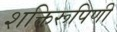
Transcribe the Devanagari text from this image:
शक्तिरूपिणी